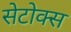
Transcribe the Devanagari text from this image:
सेटोक्स